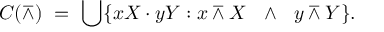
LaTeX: C ( \barwedge ) \ = \ \bigcup \{ x X \cdot y Y : x \barwedge X \ \ \land \ \ y \barwedge Y \} .